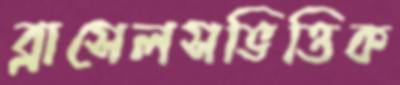
ব্রাসেলসভিত্তিক